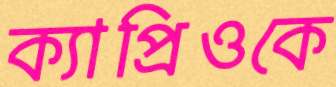
ক্যাপ্রিওকে